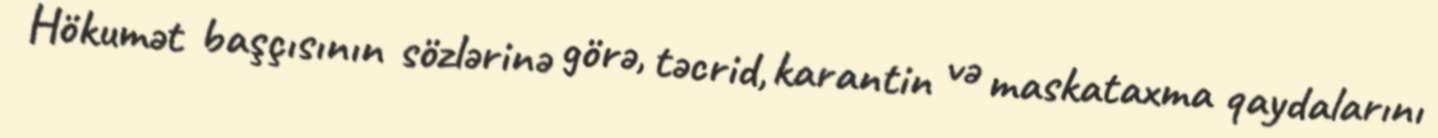
Hökumət başçısının sözlərinə görə, təcrid, karantin və maskataxma qaydalarını